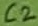
Text: C2